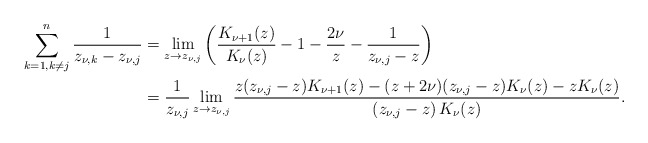
\begin{align*} \sum_{{k=1, k\neq j}}^n\dfrac{1}{z_{\nu,k}-z_{\nu,j}}&=\lim_{z\to z_{\nu,j}}\left(\dfrac{K_{\nu+1}(z)}{K_\nu(z)}-1-\dfrac{2\nu}{z}-\dfrac{1}{z_{\nu,j}-z} \right)\\ &=\dfrac{1}{z_{\nu,j}}\lim_{z\to z_{\nu,j}}\dfrac{z(z_{\nu,j}-z)K_{\nu+1}(z)-(z+2\nu)(z_{\nu,j}-z)K_\nu(z)-zK_\nu(z)}{(z_{\nu,j}-z)\,K_\nu(z)}.\end{align*}